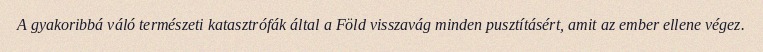
A gyakoribbá váló természeti katasztrófák által a Föld visszavág minden pusztításért, amit az ember ellene végez.